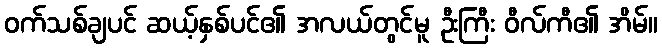
ဝက်သစ်ချပင် ဆယ့်နှစ်ပင်၏ အလယ်တွင်မူ ဦးကြီး ဝီလ်ကီ၏ အိမ်။